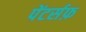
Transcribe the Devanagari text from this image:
पेंटर्सफ़